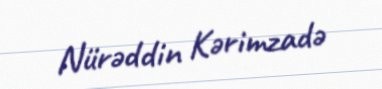
Nürəddin Kərimzadə